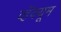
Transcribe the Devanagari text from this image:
व्हॅक्यूम